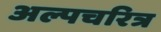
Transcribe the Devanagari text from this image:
अल्पचरित्र